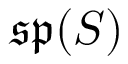
{ \mathfrak { s p } } ( S )